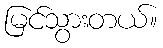
မြင်သွားတယ်။